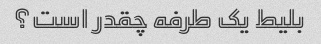
بلیط یک طرفه چقدر است؟